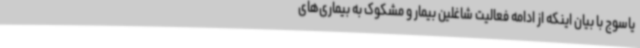
یاسوج با بیان اینکه از ادامه فعالیت شاغلین بیمار و مشکوک به بیماری‌های